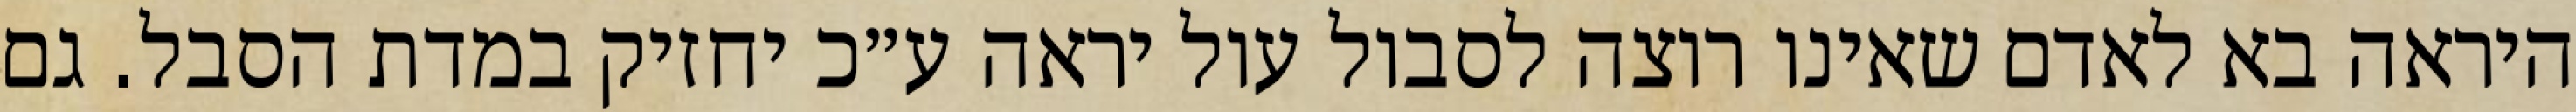
היראה בא לאדם שאינו רוצה לסבול עול יראה ע״כ יחזיק במדת הסבל. גם